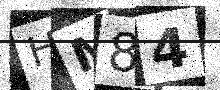
Text: HM84